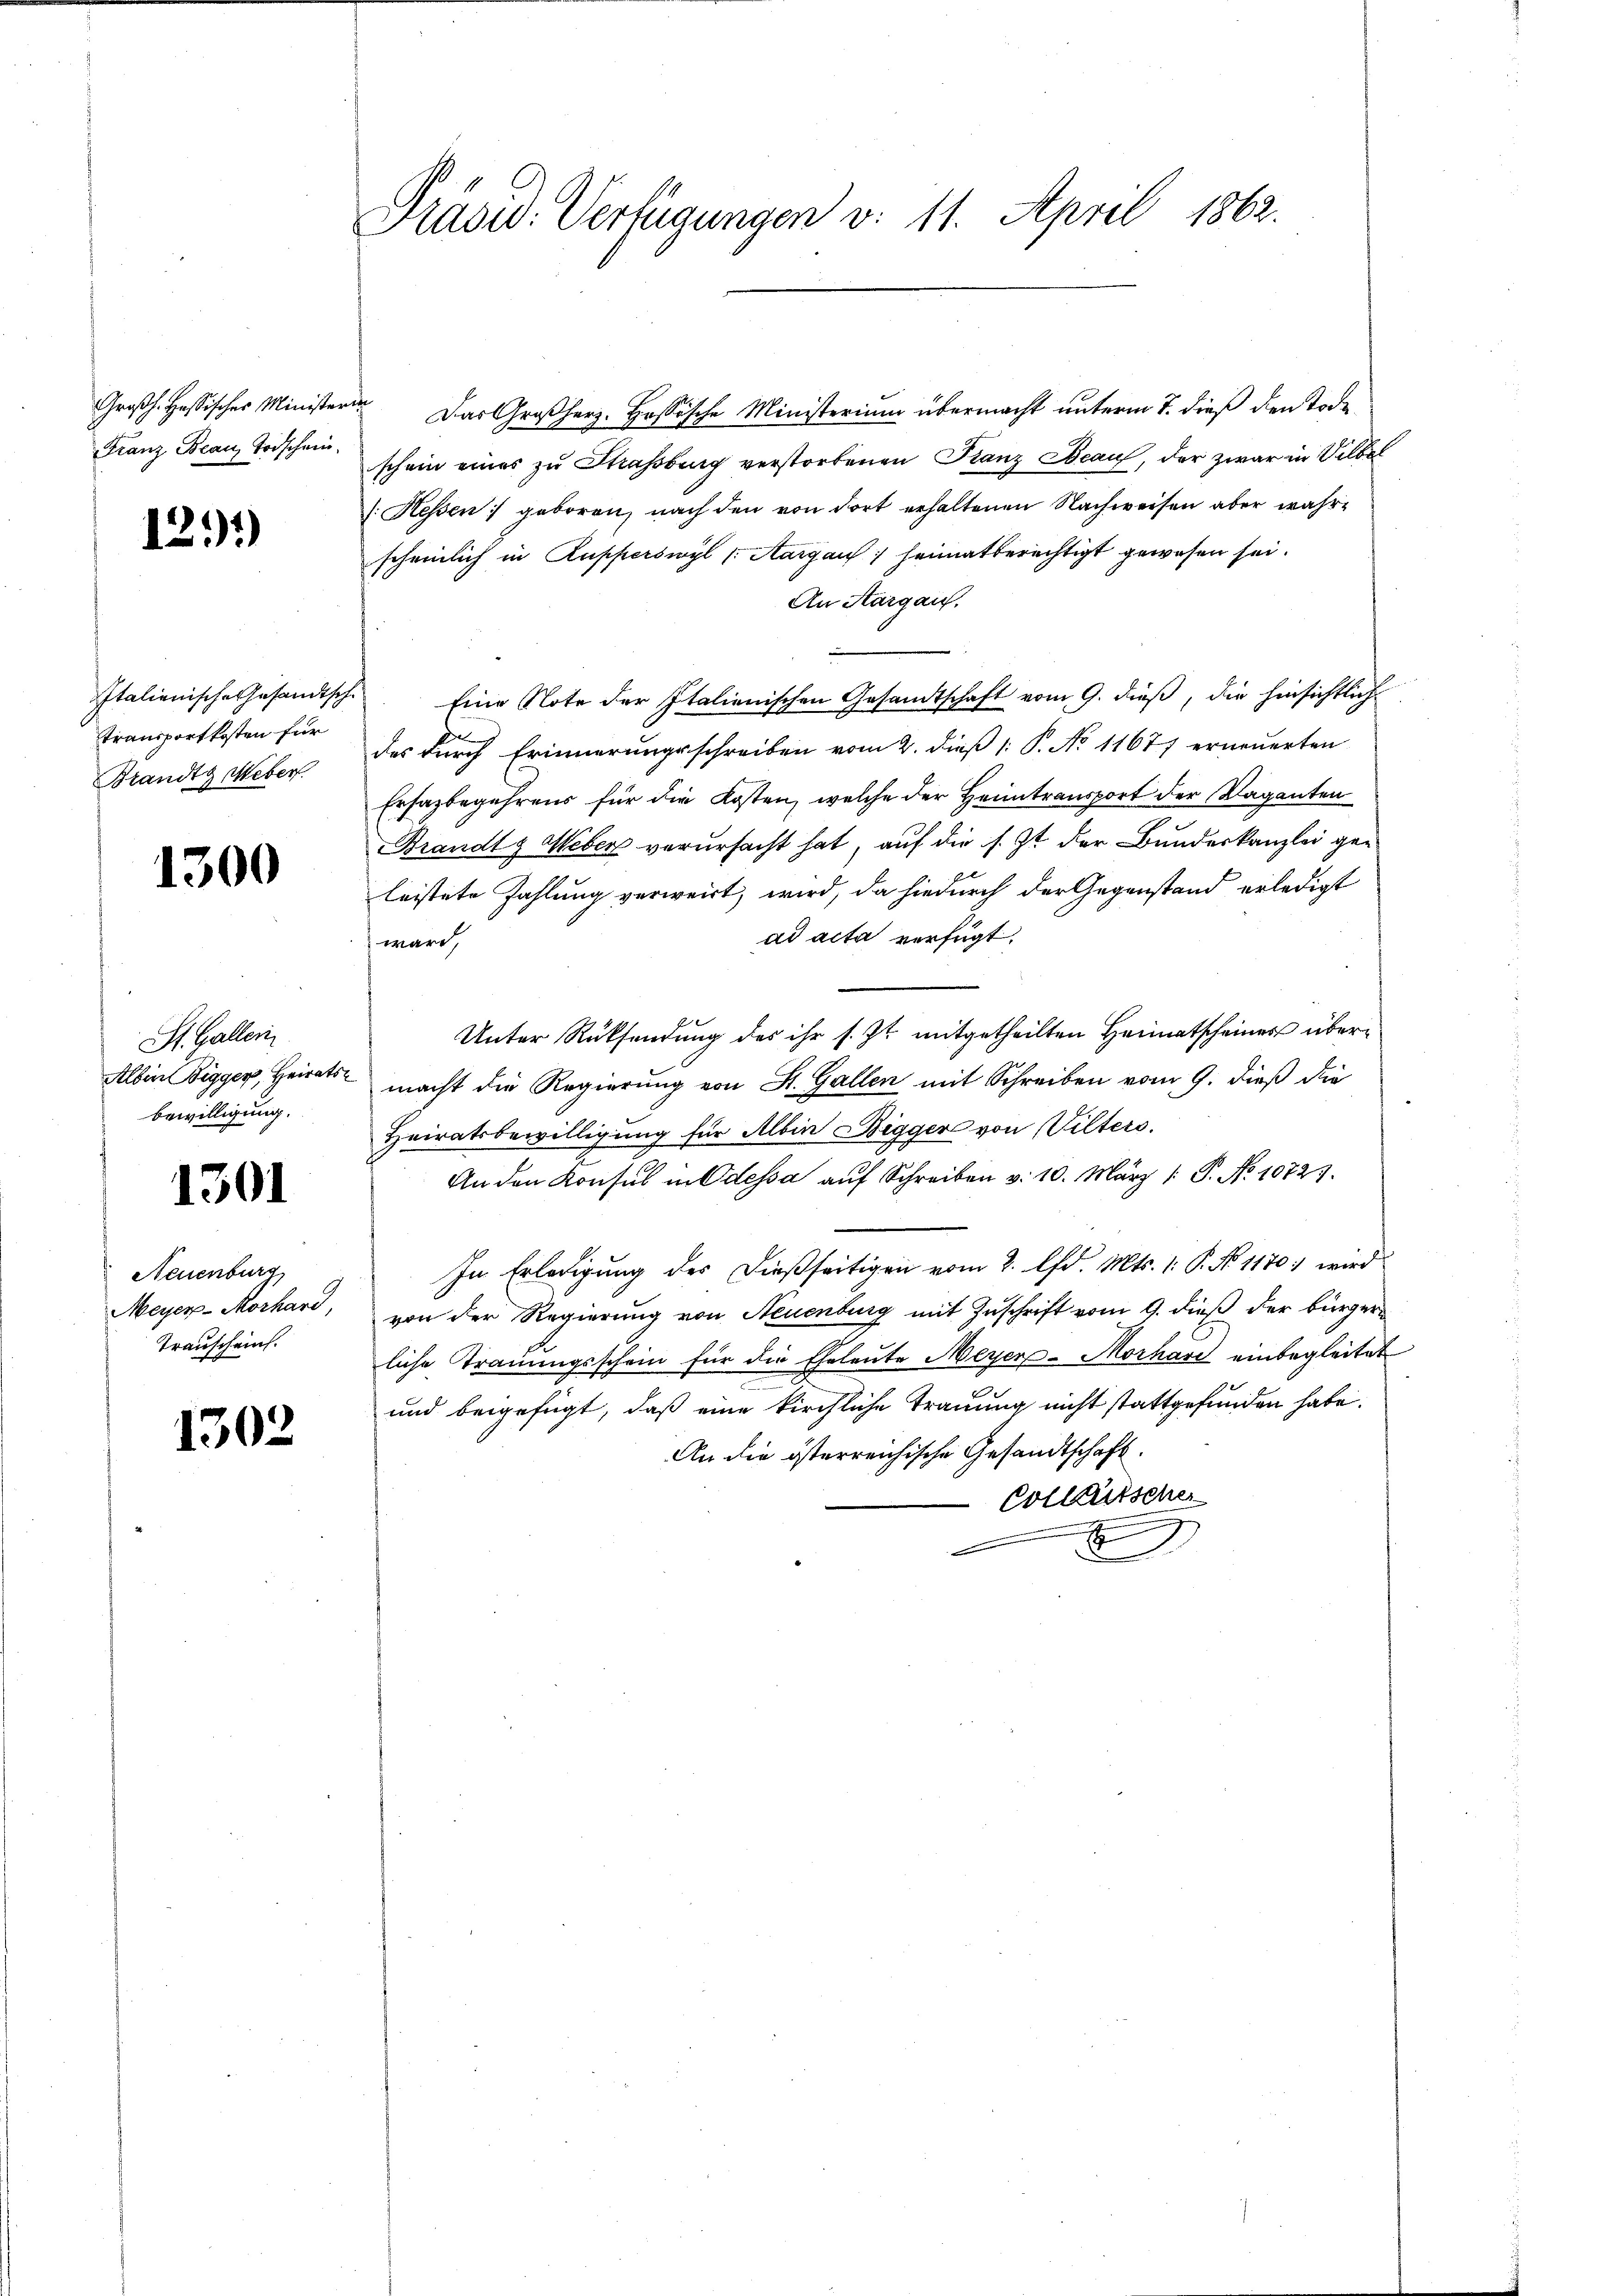
Franz, Beau, Todschein

1291)

Italienische Gesandtsch
Transportkosten für
Brandtg Weber.

1300

St. Galler
bewilligung.

1301

Neuenburg
Meyer-Morhard,
Trauscheins.

1302

Präsid. Verfügungen v. 11. April 1862.

Großh. Hassisches Ministerin Das Großherz. Hassische Ministerium übermacht unterm 7. dieß den Tode
schein eines zu Strassburg verstorbenen Franz Beau, der zwar in Vilbel
[Hessen geboren, nach den von dort erhaltenen Nachweisen aber wahrscheinlich in Rupperswyl (Aargau heimatberechtigt gewesen sei.
An Aargau.
7. Eine Note der Italienischen Gesamtschaft vom 9. dieß, die hinsichtlich-
des durch Erinnerungsschreiben vom 2. dieß 1: P. No 11677 erneuerten
Ersazbegehrens für die Kosten, welche der Heimtransport der Vaganten
Brandtg Weber verursacht hat, auf die s. Zt. der Bundeskanzlei geleistete Zahlung verweist, wird, da hiedurch der Gegenstand erledigt
ad acta verfügt:
wäre,
Unter Rücksendung des ihr s. Zt. mitgetheilten Heimatscheiner über¬
Albin Digger, Heirats macht die Regierung von St. Gallen mit Schreiben vom 9. dieß die
Heiratsbewilligung für Albin Digger von Vilters.
An den Konsul in Odessa auf Schreiben v. 10. März 1. P. No 10723.
In Erledigung des dießseitigen vom 2. lfd. Mts. 1. P. No. 1170; wird
von der Regierung von Neuenburg mit Zuschrift vom 9. dieß der bürger
liche Trauungsschein für die Eheleute Meyer-Morhard einbegleitet
und beigefügt, daß eine kirchliche Trauung nicht stattgefunden habe.
An die österreichische Gesandtschaft.
Colltütsche
d